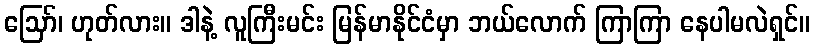
ဪ၊ ဟုတ်လား။ ဒါနဲ့ လူကြီးမင်း မြန်မာနိုင်ငံမှာ ဘယ်လောက် ကြာကြာ နေပါမလဲရှင်။